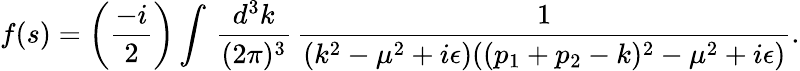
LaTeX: f(s)=\biggl({\frac{-i}{2}}\biggr)\int\, {\frac{d^{3}k}{(2\pi)^{3}}}\, {\frac{1}{(k^{2}-\mu^{2}+i\epsilon)((p_{1}+p_{2}-k)^{2}-\mu^{2}+i\epsilon)}}.